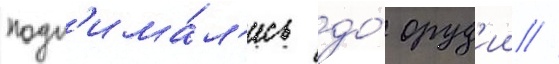
подн'има́л'ись до́ оруд'ии //